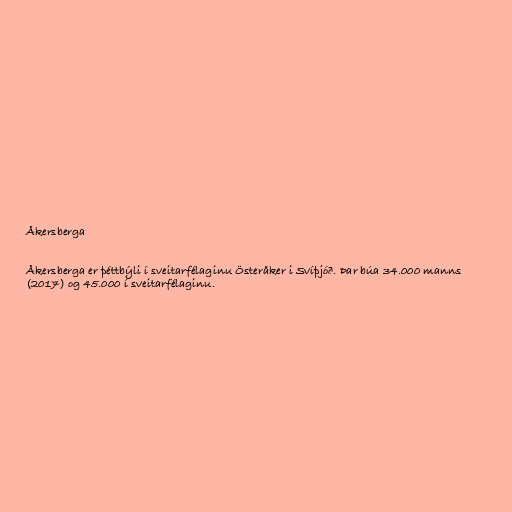
Åkersberga

Åkersberga er þéttbýli í sveitarfélaginu Österåker i Svíþjóð. Þar búa 34.000 manns
(2017) og 45.000 í sveitarfélaginu.